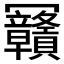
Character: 𰃴